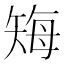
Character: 𬑲